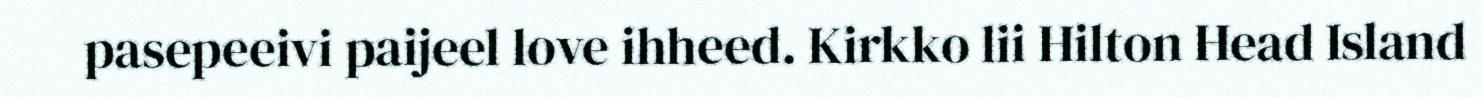
pasepeeivi paijeel love ihheed. Kirkko lii Hilton Head Island